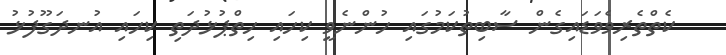
ކެތްތެރިވެވަޑައިގެން ސާބިތުކަމުގައި ހުންނެވީ ކިހައި ހިތްޕުޅުދަތި ކިހައި އުނދަގޫފުޅު